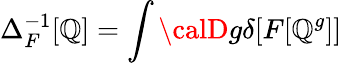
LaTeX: \Delta_{F}^{-1}[\mathbb{Q}]=\int{\calD}g\delta[F[\mathbb{Q}^{g}]]